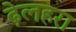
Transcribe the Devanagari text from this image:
ढ़ेलहरा